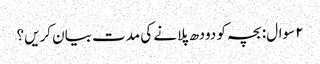
۲ سوال: بچہ کو دودھ پلانے کی مدت بیان کریں؟